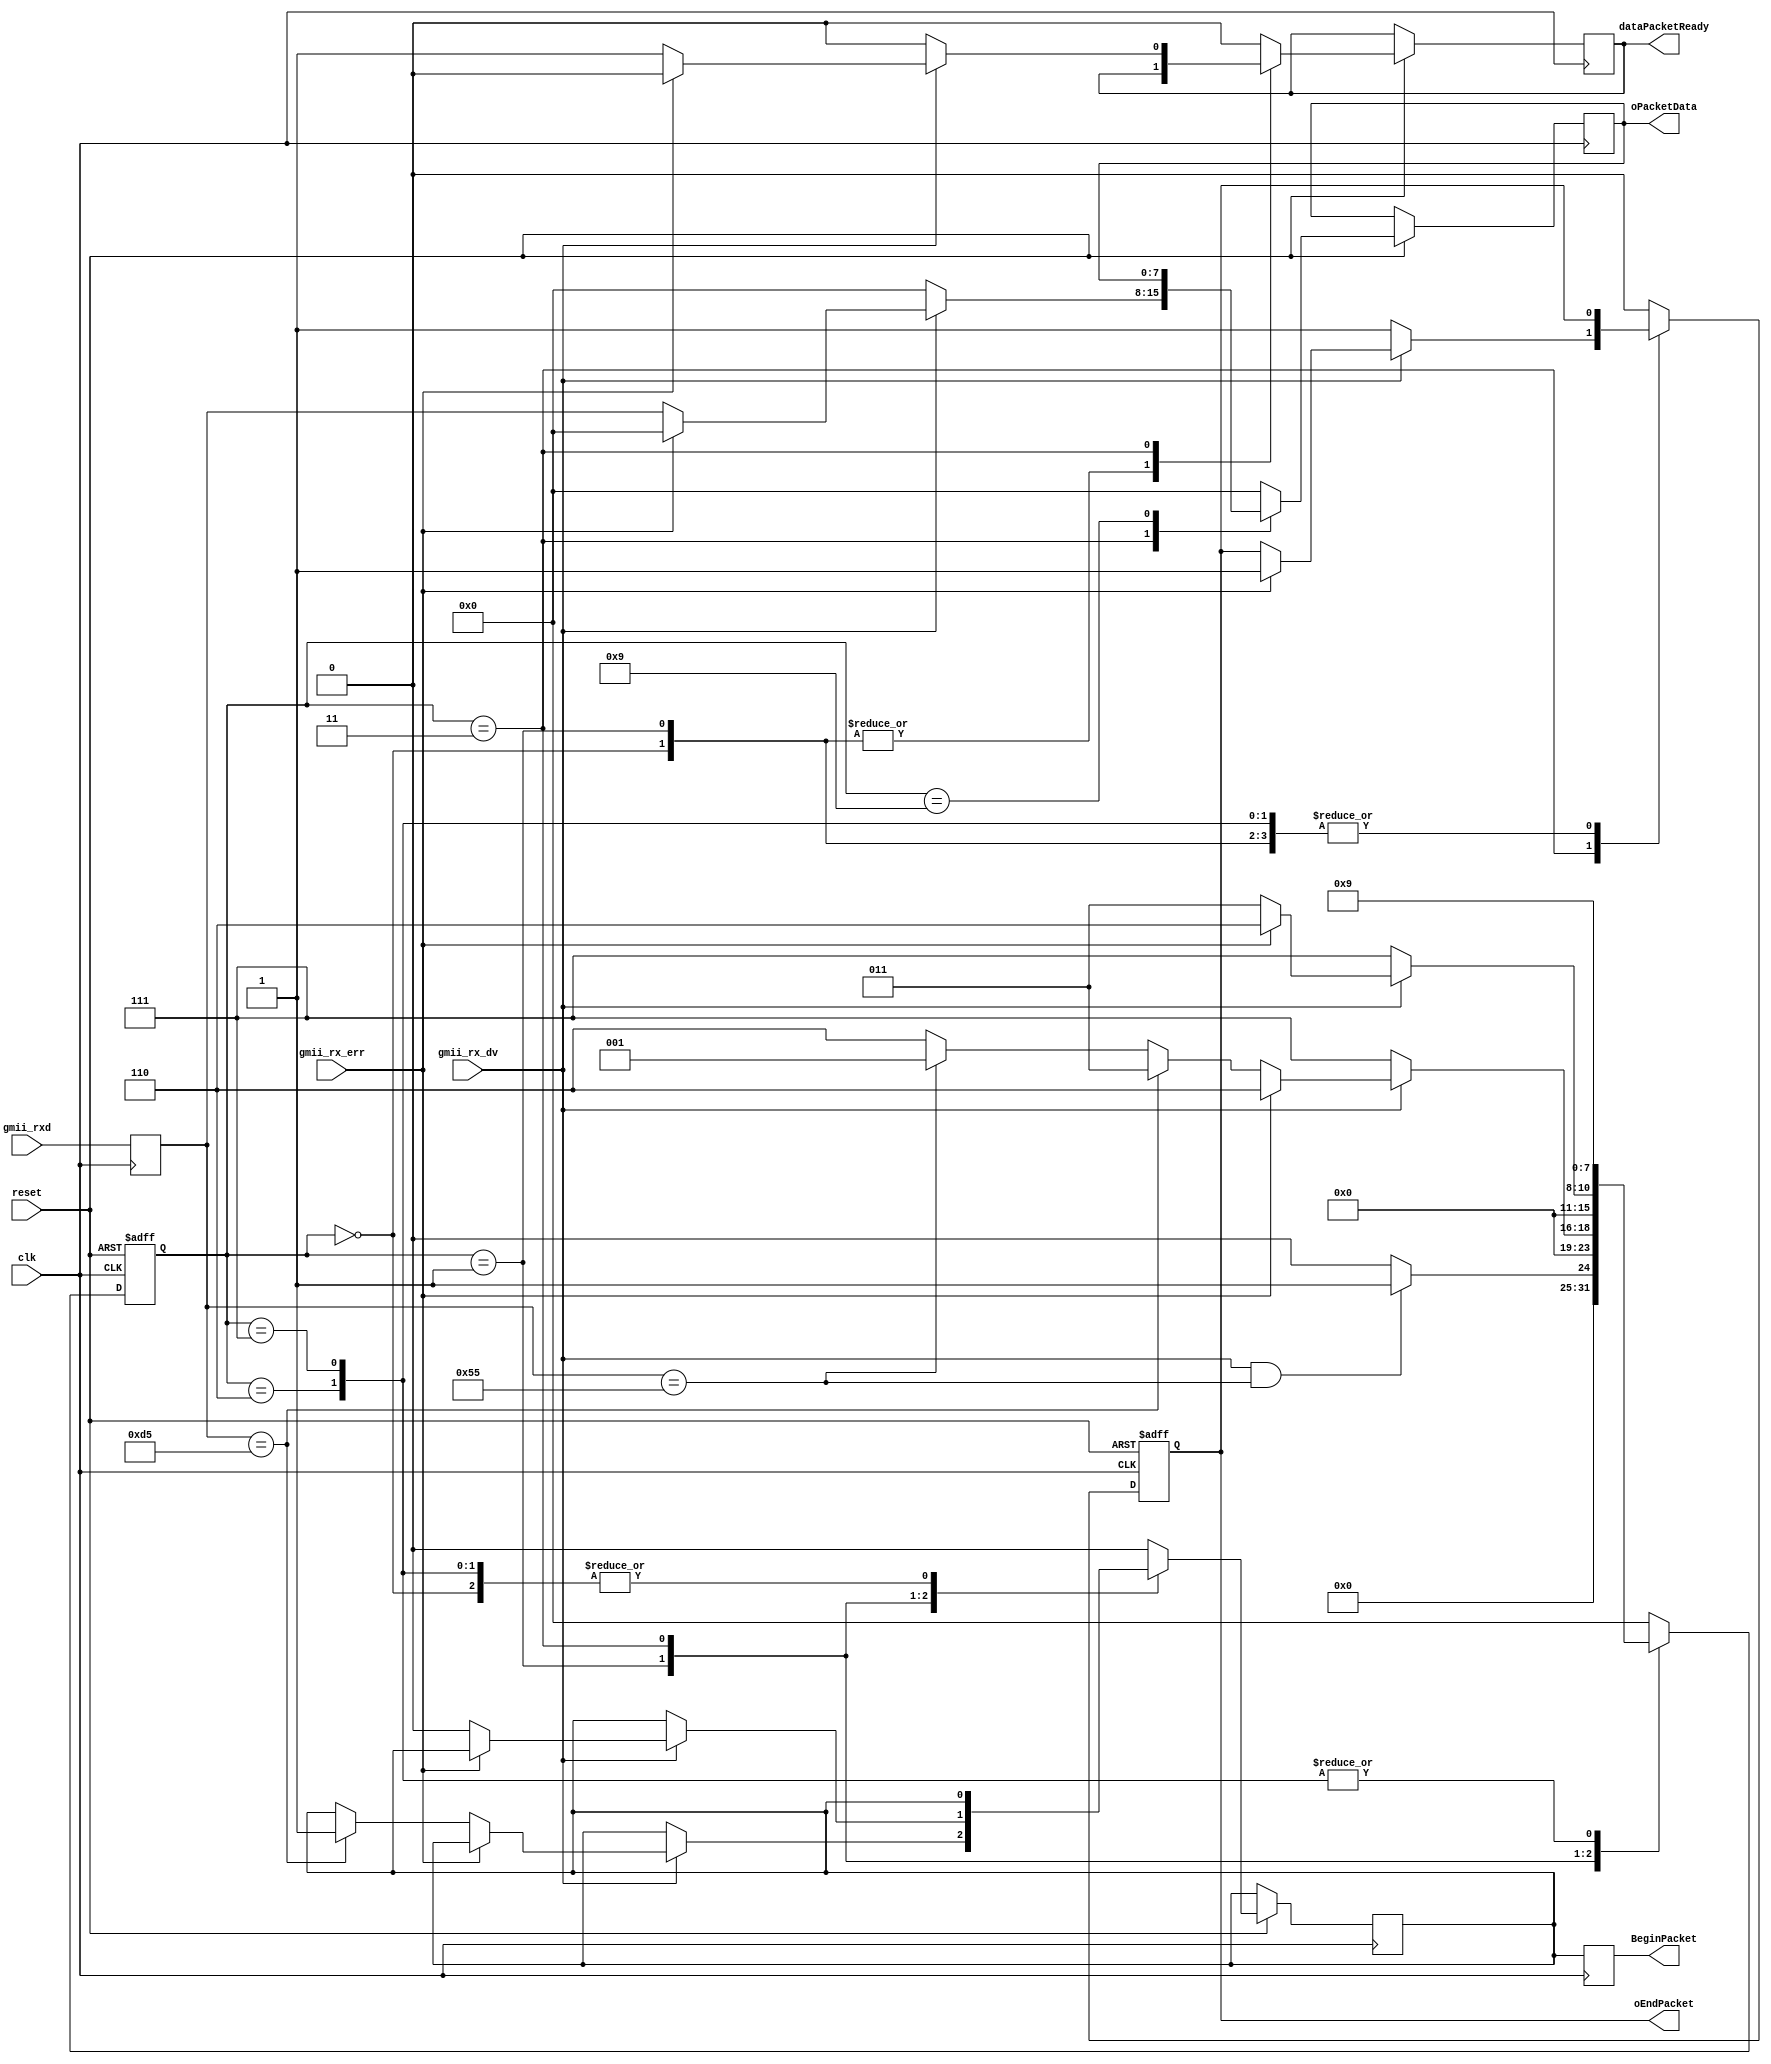
module gmii_rx(
      input        reset,
		input        clk,
    	input  [7:0]  gmii_rxd,
      input         gmii_rx_dv,
      input         gmii_rx_err,
      //input         clk_en,
		
	
		// output module
		output reg BeginPacket,
		output reg oEndPacket,
		//output reg oOkCRC,//признак корректности последнего пакета (прием завершен)
		output reg [7:0] oPacketData,
		output reg dataPacketReady
      //output oValidData //не используется
);

	 
	 
//******************************************************************************
//internal signals
//******************************************************************************
parameter State_idle=4'h00;//Состояние простоя. Ожидание принимаемых данных.
parameter State_preamble=4'h01;//Синхронизация по преамбуле.
parameter State_SFD=4'h02;//Принят октет — разделитель данных.
parameter State_data=4'h03;//Состояние приема данных пакета.
parameter State_checkCRC=4'h04;// Проверка контрольной суммы.
parameter State_OkEnd=4'h05;//Прием завершен.
parameter State_drop=4'h06;//Прекрашение анализа текущего кадра.
parameter State_ErrEnd=4'h07;//Ошибка при приеме данных.
parameter State_CRCErrEnd=4'd8;//Ошибка контрольной суммы.
parameter State_IFG=4'd9;//Межкадровый интервал


reg [7:0] state;
reg [7:0] rxd;                          
reg oBeginPacket;
reg rDataValid;


//delay 1 clk
always @(posedge clk)
begin
BeginPacket<=oBeginPacket;
rxd<=gmii_rxd;
end

always @(posedge clk or negedge reset)  
begin		
if (!reset) begin
		state<=State_idle;
		oEndPacket<=1'b0;
		oEndPacket<=1'b0;	
		end
else begin		
        case (state) 
		  State_idle:
			begin
				if ((gmii_rx_dv)&&(rxd == 8'h55)) begin
					 oPacketData<=8'h0;
				    state <= State_preamble;  
					 end
			   else begin
					 oPacketData<=8'h0;
				    state <= State_idle; 
					 end
					 end
        State_preamble: 
		  begin
						  oPacketData<=8'h0;
                    if (!gmii_rx_dv)                        
                        state <= State_ErrEnd;      
                    else if (gmii_rx_err)                     
                        state <= State_drop;        
                    else if (rxd == 8'hd5) begin
								oBeginPacket <= 1'b1;						  
                        state <= State_data; //State_SFD;     
									end
                    else if (rxd == 8'h55)                
                        state <= State_preamble;     
                    else                                
                        state <= State_drop; 
							end	
        /*State_SFD:                                  
                    if (!gmii_rx_dv)                        
                        state  <= State_ErrEnd;      
                    else if (gmii_rx_err)                     
                        state  <= State_drop;        
                    else //if (rxd== 4'h5) state = State_SFD  else                         
                        begin
								oBeginPacket <= 1'b1;
								state  <= State_data; 	
								end*/
        State_data:                                
                   if (!gmii_rx_dv) begin
								oEndPacket<=1'b1;
								oPacketData<=8'h0;
                        state  <= State_ErrEnd;
								dataPacketReady<=1'b0;
								end
                    else if (gmii_rx_err) begin  
								oEndPacket<=1'b1;
								oPacketData<=8'h0;								
                        state <= State_drop;
								dataPacketReady<=1'b0;	
								end
                    else begin
								oBeginPacket <= 1'b0;
								dataPacketReady <= 1'b1;
								oPacketData <= rxd;								
                        state <= State_data; 
								end				
		  
		  State_drop:     begin                                                 
                        state  = State_IFG;  
								oPacketData<=8'h0;
								dataPacketReady<=1'b0;
								end
		      
        State_ErrEnd:   begin                           
                        state  = State_IFG; 
								oPacketData<=8'h0;
								dataPacketReady<=1'b0;
								end
        
        State_IFG:      begin                                                         
                        state  <= State_idle;
								oBeginPacket <= 1'b0;
								oEndPacket<=1'b0;
								dataPacketReady<=1'b0;
								end
		  default: begin
		          state  <= State_idle; 
				    oBeginPacket<= 1'b0;
					 oEndPacket<=1'b0;
					 oPacketData<=8'h0;
					 dataPacketReady<=1'b0;
			end		 
		  endcase
		  end
end
endmodule